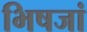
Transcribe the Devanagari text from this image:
भिषजां